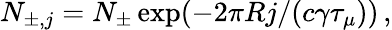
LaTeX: N_{\pm,j}=N_{\pm}\exp(-2\pi Rj/(c\gamma\tau_{\mu}))\, ,